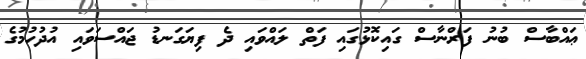
ޢައްބާސް ބުނު ފަރްނާސް ގައިކޮޅުގައި ފަތް ލައްވައި ދެ ފިޔަގަނޑު ޖައްސަވައި އުދުހުމުގެ